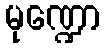
မုဏ္ဍော